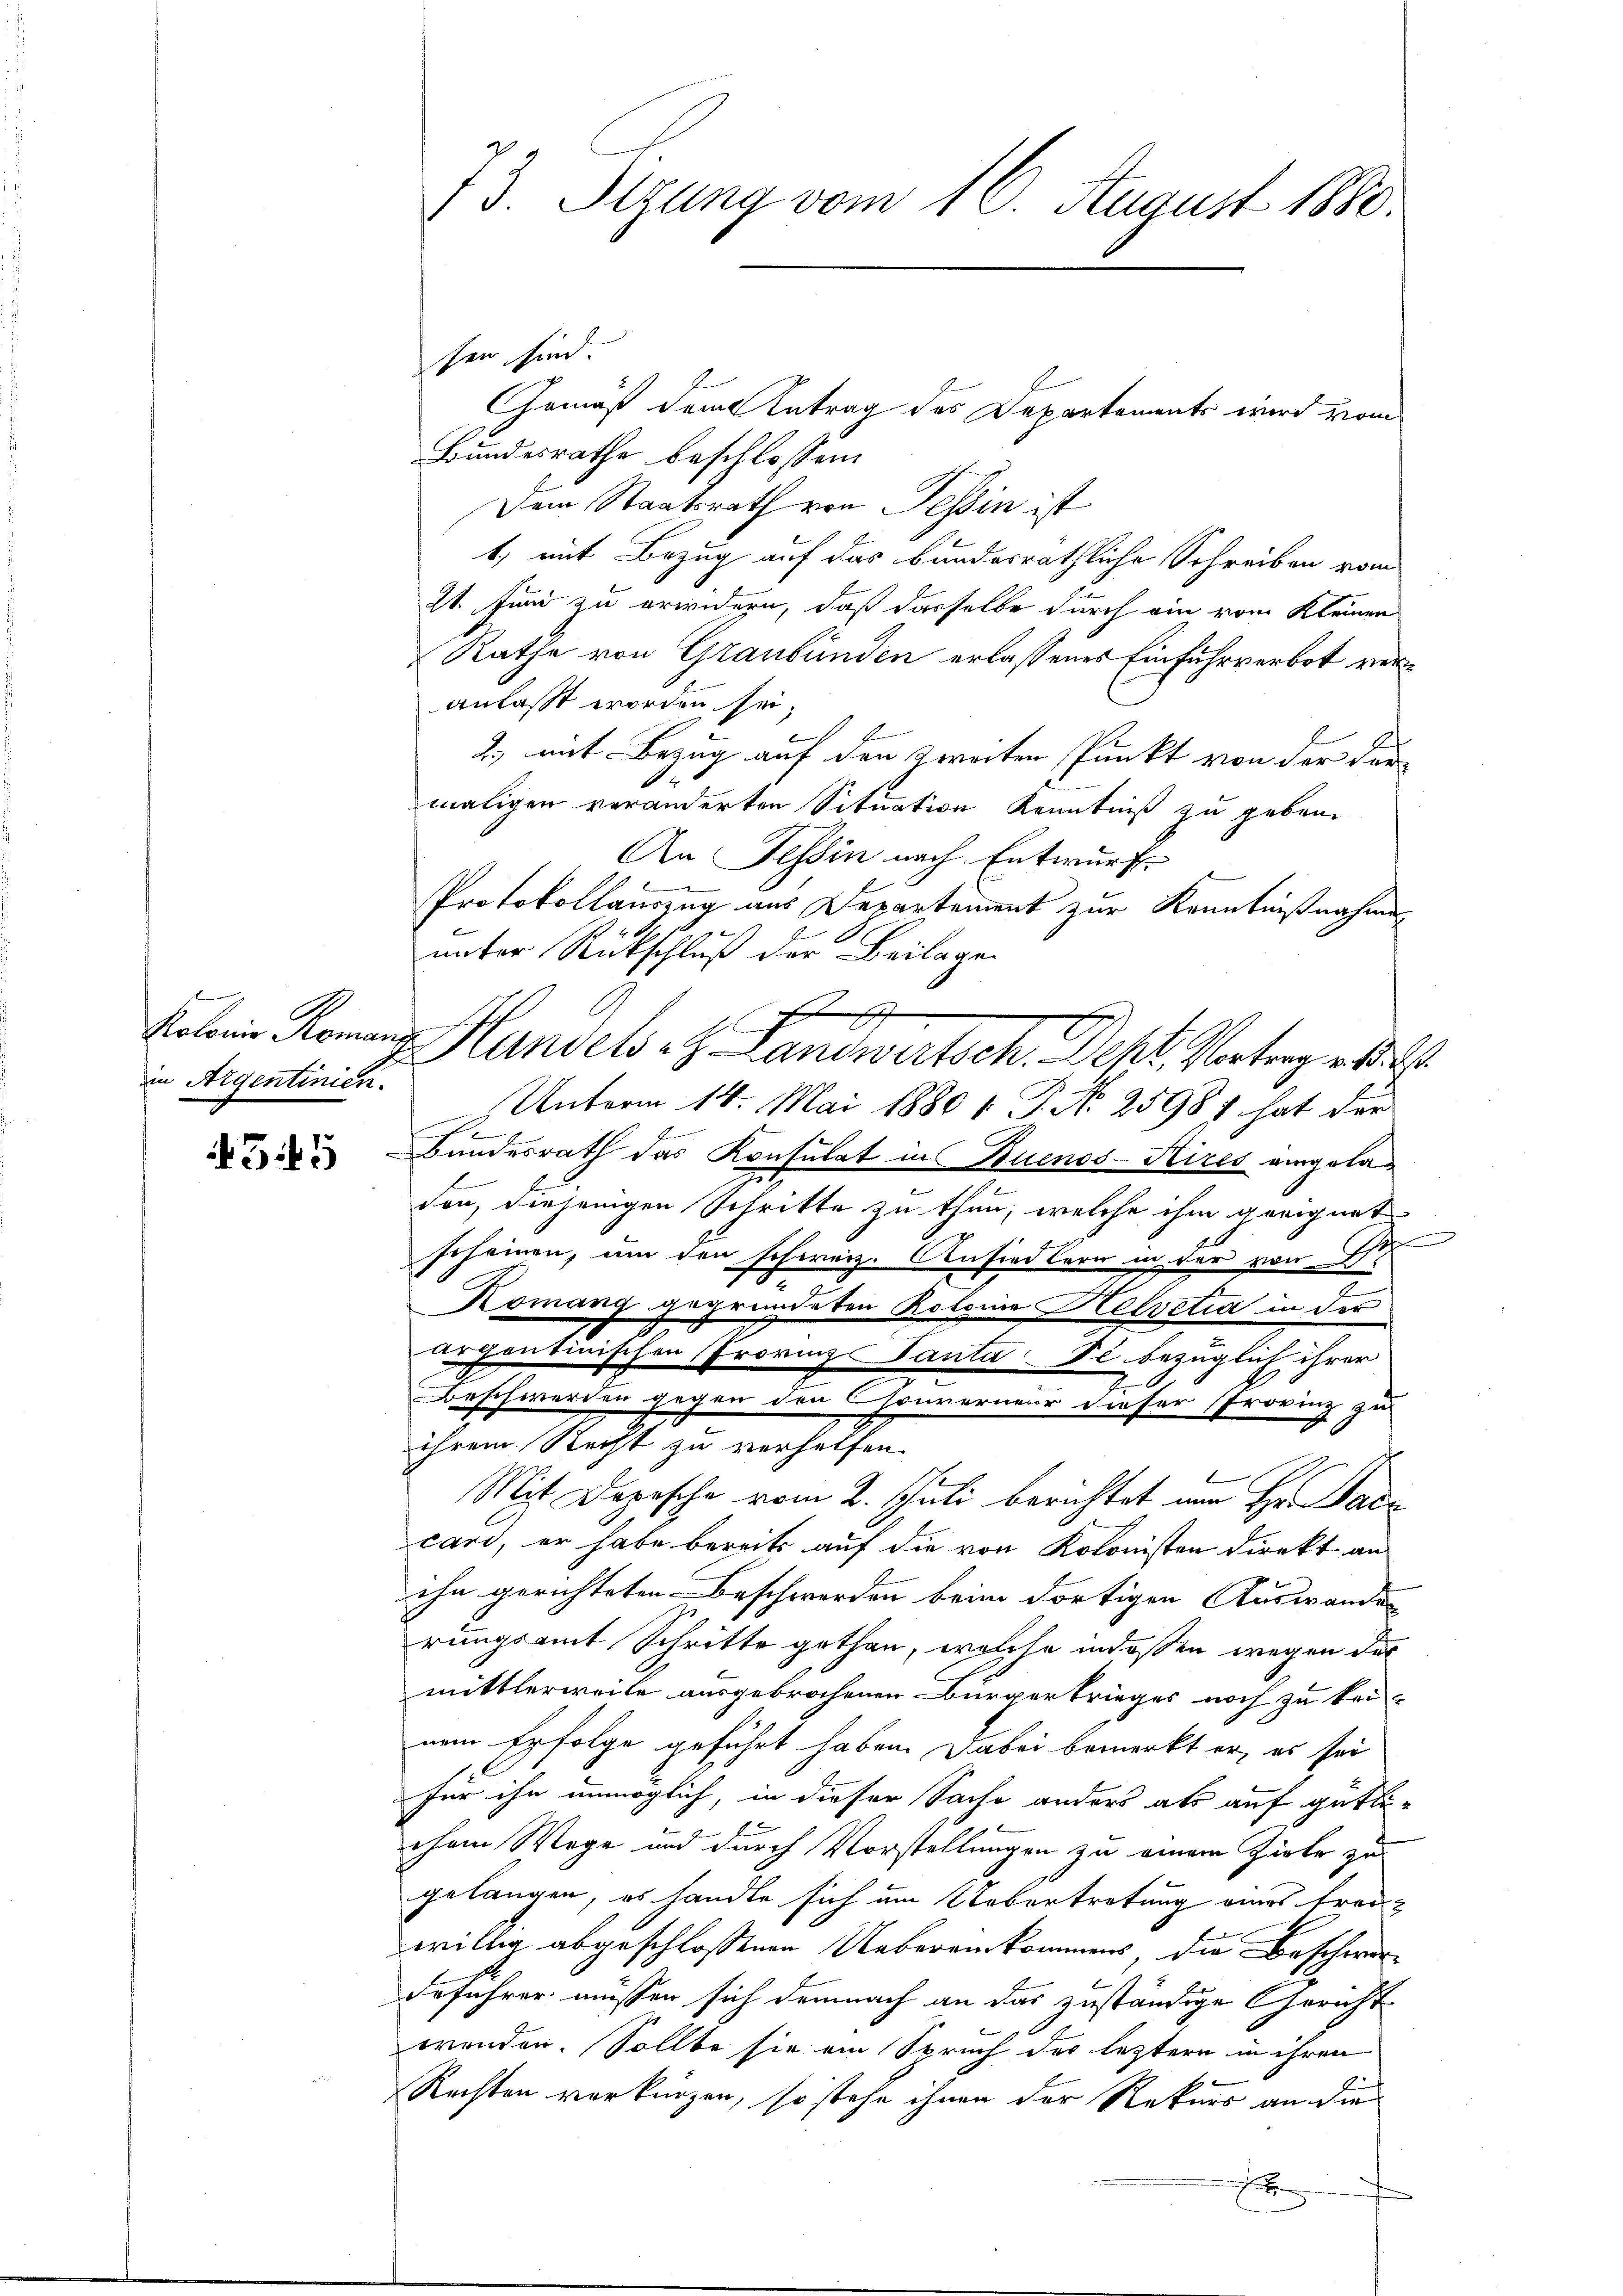
t
in Aigentinick.

35

73. Sizung vom 10. August 1880.

sen sind.
Gemäß dem Antrag des Departements wird vom
Bundesrathe beschlossen:
Dem Staatsrath von Tessin ist
1, mit Bezug auf das bundesräthliche Schreiben vom
21. Juni zu erwidern, daß dasselbe durch ein vom Kleinen
Rathe von Graubünden erlassenes Einfuhrverbot veranlasst worden sei.
2.) mit Bezug auf den zweiten Punkt von der Formaligen veränderten Situation Kenntniß zu geben.
An Tessin nach Entwurf
Protokollauszug aus Departement zur Kenntnißnahmen
 xx
unter Rückschluß der Beilagen
E
)
Koloni Romann Handels et Landwirtsch. Mehl, Vortrag v. M. D.
Unterm 14. Mai 1880 v. P. Nr. 25987 hat der
Bundesrath das Konsulat in Buenos-Sires angeladon, diejenigen Schritte zu thun, welche ihm geeignet
scheinen, um den schweiz. Ansiedlern in der von Est
Komang gegründeten Roloria Helvetia in der
.
argentinischen ProvinzsPanta de bezüglich ihrer
Beschwerden gegen den Couverneur dieser Provinz zu
ihrem Recht zu verhelfen.
S
Mit Depesche vom 2. Juli berichtet nun Hr. Pac
cari, er habe bereits auf die von Kolonisten direkt an
ihn gerichteten Beschwerden beim dortigen Auswanden
rungsamt Schritte gethan, welche indessen wegen der
mittlerweite ausgebrochenen Bürgerkrieges noch zu keinem Erfolge geführt haben. Dabei bemerkt er, es sei
für ihn unmöglich, in dieser Sache anders als auf gütlichem Wege und durch Vorstellungen zu einem Zirke zu
gelangen, es handle sich um Uebertretung eines freiwillig abgeschlossenen Uebereinkommens die Beschwore
daführer müssen sich demnach an das zuständige Gericht
wenden. Sollte sie ein Spruch des leztern in ihren
Rechten verkürzen, so stehe ihnen der Rekurs an die
e